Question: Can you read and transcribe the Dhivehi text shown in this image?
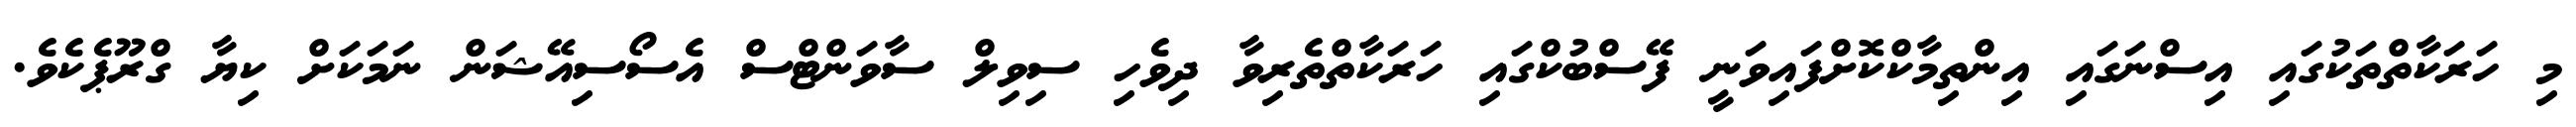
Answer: މި ހަރަކާތްތަކުގައި އިސްނަގައި އިންތިމާކްކޮށްފައިވަނީ ފޭސްބުކްގައި ހަރަކާތްތެރިވާ ދިވެހި ސިވިލް ސާވަންޓްސް އެސޯސިއޭޝަން ނަމަކަށް ކިޔާ ގްރޫޕެކެވެ.